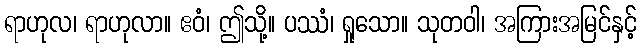
ရာဟုလ၊ ရာဟုလာ။ ဧဝံ၊ ဤသို့။ ပဿံ၊ ရှုသော။ သုတဝါ၊ အကြားအမြင်နှင့်